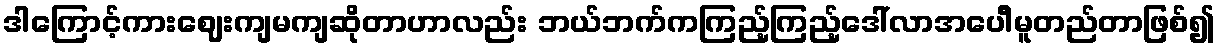
ဒါကြောင့်ကားဈေးကျမကျဆိုတာဟာလည်း ဘယ်ဘက်ကကြည့်ကြည့်ဒေါ်လာအပေါိမူတည်တာဖြစ်၍